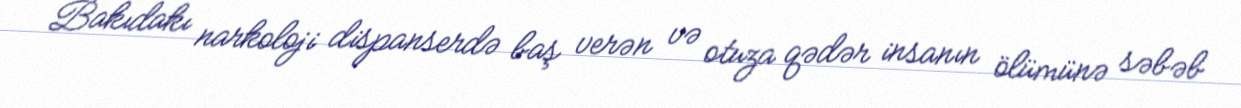
Bakıdakı narkoloji dispanserdə baş verən və otuza qədər insanın ölümünə səbəb